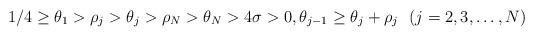
LaTeX: \begin{align*}1/4\ge \theta_1>\rho_j>\theta_j>\rho_N>\theta_N>4\sigma>0, \theta_{j-1}\ge \theta_j+\rho_j\ \ (j=2,3,\dots,N)\end{align*}